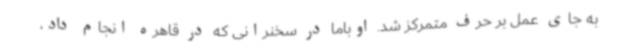
به جای عمل بر حرف متمرکز شد. اوباما در سخنرانی که در قاهره انجام داد،